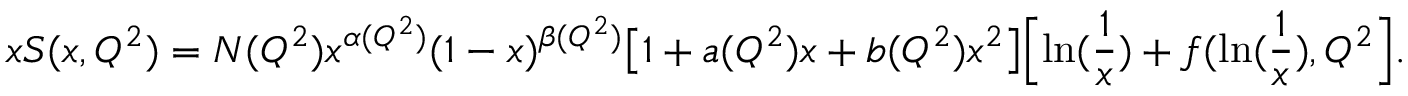
x S ( x , Q ^ { 2 } ) = N ( Q ^ { 2 } ) x ^ { \alpha ( Q ^ { 2 } ) } ( 1 - x ) ^ { \beta ( Q ^ { 2 } ) } \bigl [ 1 + a ( Q ^ { 2 } ) x + b ( Q ^ { 2 } ) x ^ { 2 } \bigr ] \Bigl [ \ln ( { \frac { 1 } { x } } ) + f ( \ln ( { \frac { 1 } { x } } ) , Q ^ { 2 } \Bigr ] .